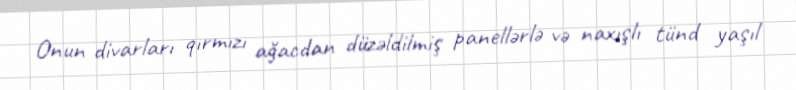
Onun divarları qırmızı ağacdan düzəldilmiş panellərlə və naxışlı tünd yaşıl